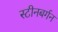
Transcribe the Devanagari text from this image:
स्टीनबर्गन